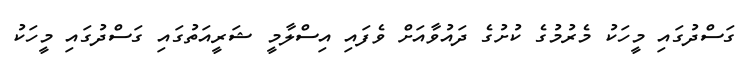
ގަސްދުގައި މީހަކު މެރުމުގެ ކުށުގެ ދައުވާއަށް ވެފައި އިސްލާމީ ޝަރީއަތުގައި ގަސްދުގައި މީހަކު